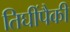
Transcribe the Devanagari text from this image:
तिघींपैकी